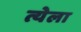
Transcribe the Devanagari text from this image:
त्येला